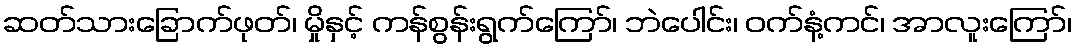
ဆတ်သားခြောက်ဖုတ်၊ မှိုနှင့် ကန်စွန်းရွက်ကြော်၊ ဘဲပေါင်း၊ ဝက်နံ့ကင်၊ အာလူးကြော်၊